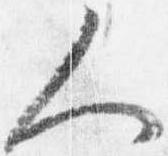
人